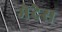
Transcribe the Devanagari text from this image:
मेदेस